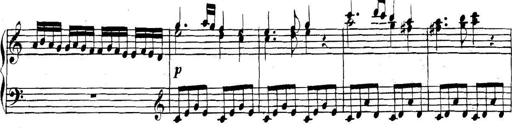
Title: Collected Piano Sonatas
Composer: Muzio Clementi